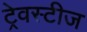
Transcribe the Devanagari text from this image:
ट्रेवस्टीज